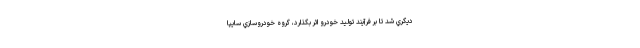
ديگري شد تا بر فرآيند توليد خودرو اثر بگذارد، گروه خودروسازي سايپا